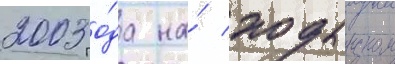
2003 го́да на́ ходынском